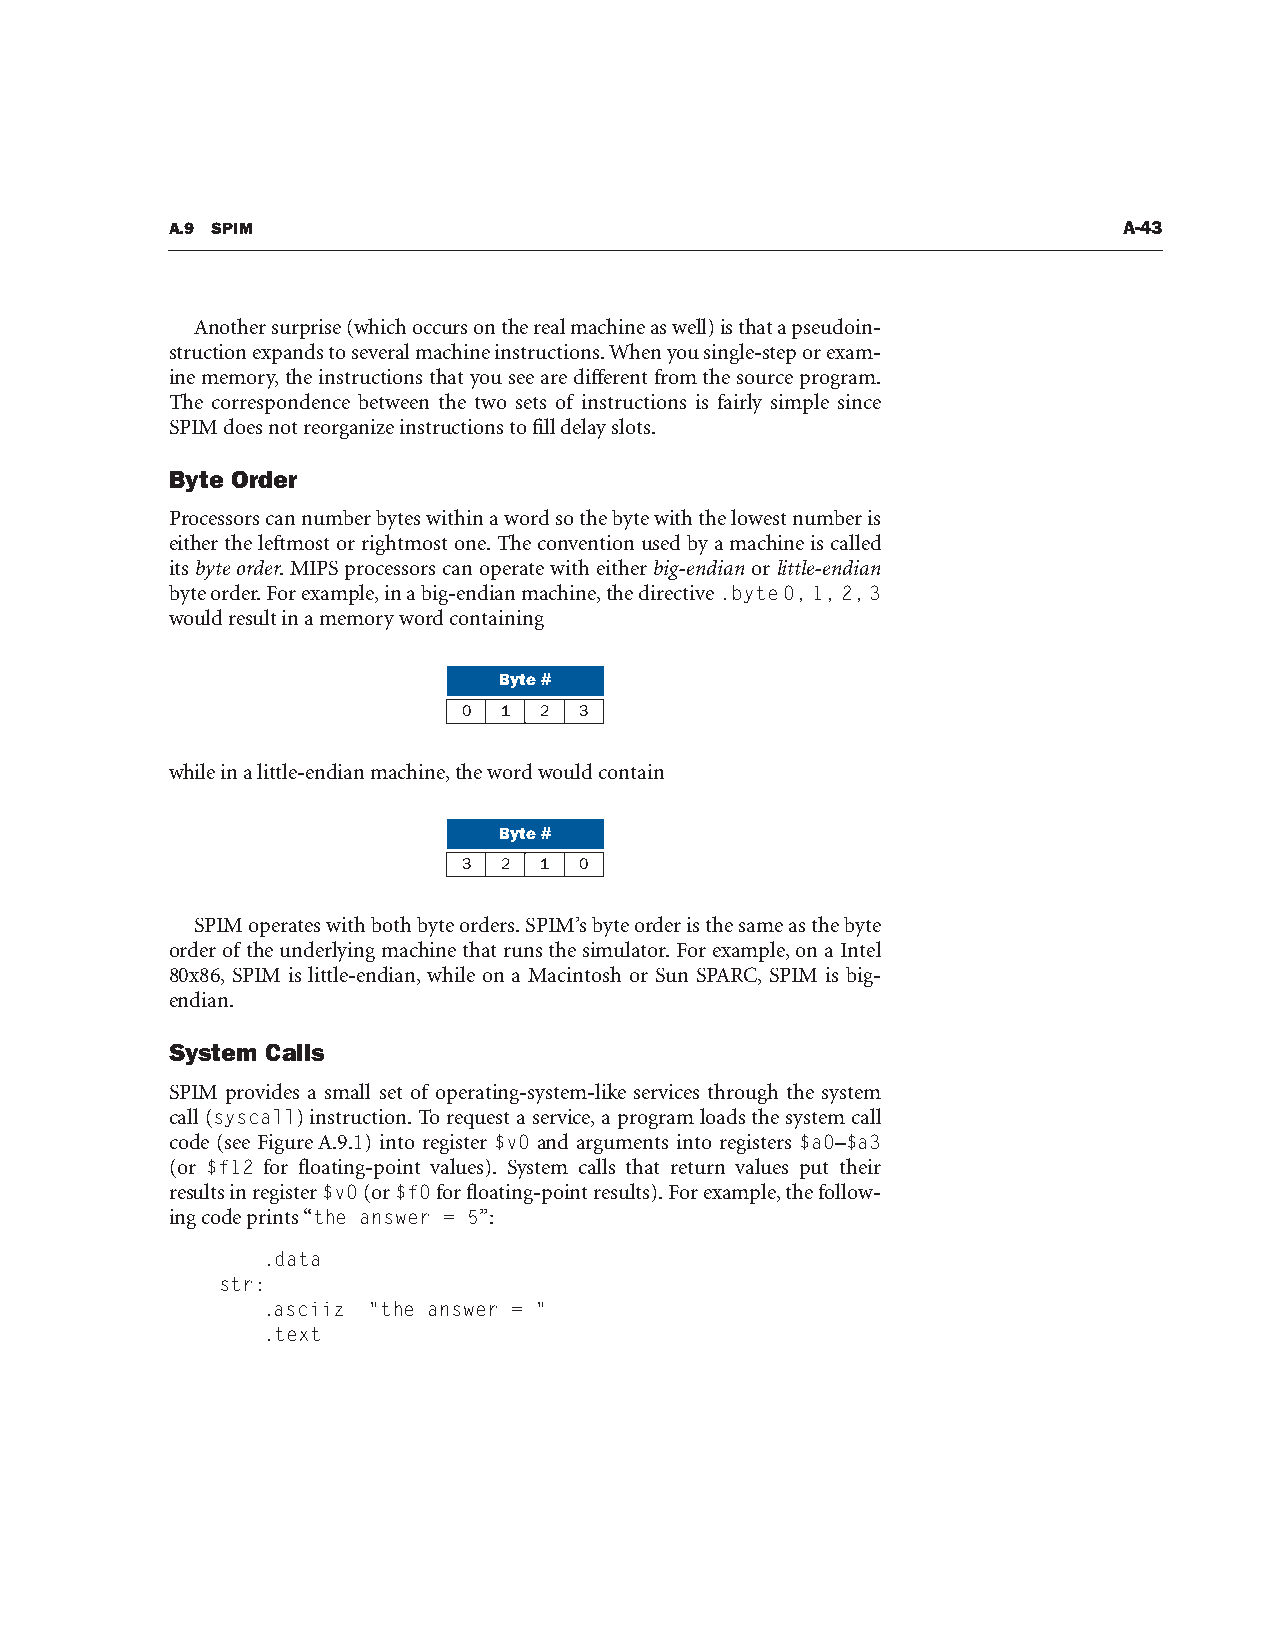
A.9 SPIM                                                       A-43
 Another surprise (which occurs on the real machine as well) is that a pseudoin-
 struction expands to several machine instructions. When you single-step or exam-
 ine memory, the instructions that you see are different from the source program.
 The correspondence between the two sets of instructions is fairly simple since
 SPIM does not reorganize instructions to fill delay slots.
 Byte Order
 Processors can number bytes within a word so the byte with the lowest number is
 either the leftmost or rightmost one. The convention used by a machine is called
 its byte order. MIPS processors can operate with either big-endian or little-endian
 byte order. For example, in a big-endian machine, the directive .byte 0, 1, 2, 3
 would result in a memory word containing
 Byte #
 0 1  2 3
 while in a little-endian machine, the word would contain
 Byte #
 3 2  1 0
 SPIM operates with both byte orders. SPIM’s byte order is the same as the byte
 order of the underlying machine that runs the simulator. For example, on a Intel
 80x86, SPIM is little-endian, while on a Macintosh or Sun SPARC, SPIM is big-
 endian.
 System Calls
 SPIM provides a small set of operating-system-like services through the system
 call (syscall) instruction. To request a service, a program loads the system call
 code (see Figure A.9.1) into register $v0 and arguments into registers $a0–$a3
 (or $f12 for floating-point values). System calls that return values put their
 results in register $v0 (or $f0 for floating-point results). For example, the follow-
 ing code prints “the answer = 5’’:
 .data
 str:
 .asciiz "the answer = "
 .text